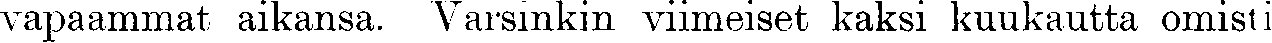
vapaammat aikansa. Varsinkin viimeiset kaksi kuukautta omisti